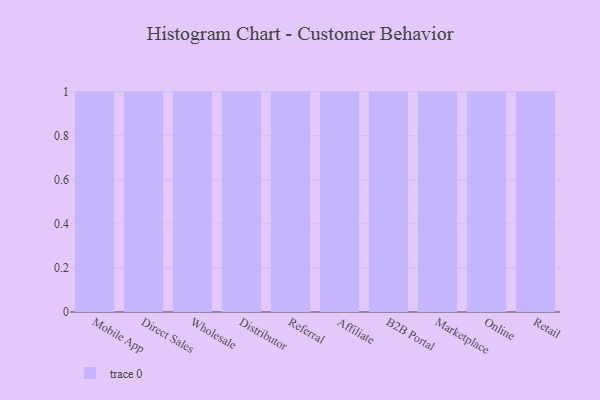
{"axis": {"x": "Channel", "y": "Population (Million)"}, "legend": [""], "data": [{"x": "Mobile App", "y": 47, "type": ""}, {"x": "Direct Sales", "y": 53, "type": ""}, {"x": "Wholesale", "y": 77, "type": ""}, {"x": "Distributor", "y": 23, "type": ""}, {"x": "Referral", "y": 69, "type": ""}, {"x": "Affiliate", "y": 45, "type": ""}, {"x": "B2B Portal", "y": 10, "type": ""}, {"x": "Marketplace", "y": 29, "type": ""}, {"x": "Online", "y": 74, "type": ""}, {"x": "Retail", "y": 87, "type": ""}]}